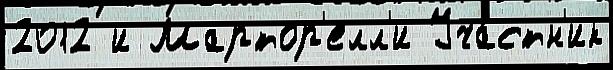
2012 и Мартор'елл'и Уча́стн'ик